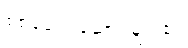
စစ်ခေါင်းဆောင်များ၏